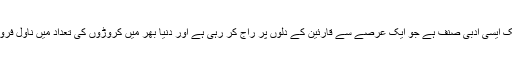
ادب میں ناول ایک ایسی ادبی صنف ہے جو ایک عرصے سے قارئین کے دلوں پر راج کر رہی ہے اور دنیا بھر میں کروڑوں کی تعداد میں ناول فروخت ہورہے ہیں۔